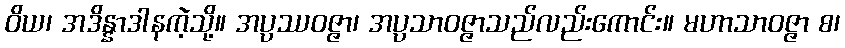
ဝိယ၊ အဒိန္နာဒါနကဲ့သို့။ အပ္ပဿဝဇ္ဇာ၊ အပ္ပသာဝဇ္ဇာသည်လည်းကောင်း။ မဟာသာဝဇ္ဇာ စ၊